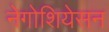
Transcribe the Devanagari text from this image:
नेगोशियेसन